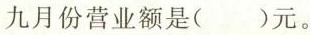
九月份营业额是()元。